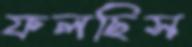
ফলছিস